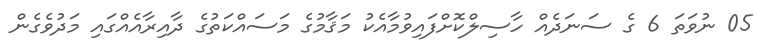
05 ނުވަތަ 6 ގެ ސަނަދެއް ހާސިލްކޮށްފައިވުމާއެކު މަޤާމުގެ މަސައްކަތުގެ ދާއިރާއެއްގައި މަދުވެގެން